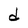
Character: d